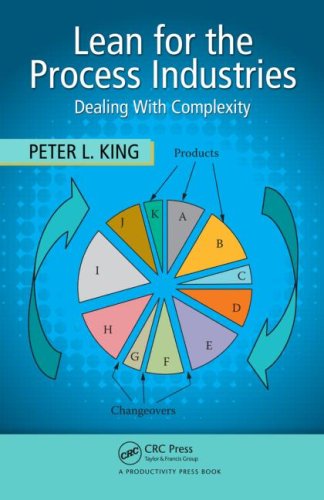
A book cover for Lean for the Process Industries: Dealing with Complexity; Peter L. King; Science & Math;